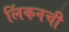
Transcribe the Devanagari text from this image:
लिंकनची